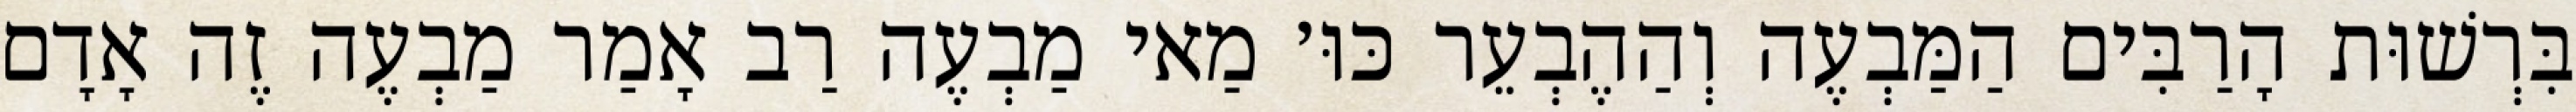
בִּרְשׁוּת הָרַבִּים הַמַּבְעֶה וְהַהֶבְעֵר כּוּ׳ מַאי מַבְעֶה רַב אָמַר מַבְעֶה זֶה אָדָם